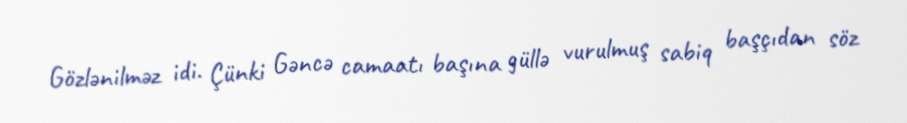
Gözlənilməz idi. Çünki Gəncə camaatı başına güllə vurulmuş sabiq başçıdan söz